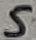
Text: 5